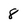
Character: 8